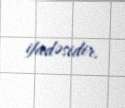
ifadəsidir.